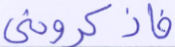
فاذكروني